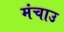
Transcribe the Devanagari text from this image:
मंचाउ